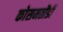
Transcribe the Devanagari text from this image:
कोसमतोंडी